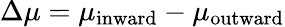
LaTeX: \Delta\mu=\mu_{\mathrm{inward}}-\mu_{\mathrm{outward}}